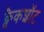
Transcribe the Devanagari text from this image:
क्वैकशॉट